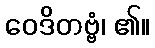
ဝေဒိတဗ္ဗံ၊ ၏။